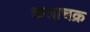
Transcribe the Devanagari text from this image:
कलाचक्र